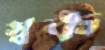
স্বক